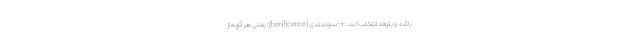
باشد و بتواند انتخاب کند. ۲-سودمندی (benificence): یعنی هر آنچه از